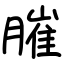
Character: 膗